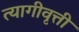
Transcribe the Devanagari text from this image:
त्यागीवृत्ती